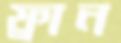
ফ্রান